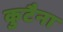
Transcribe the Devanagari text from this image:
कुटैना